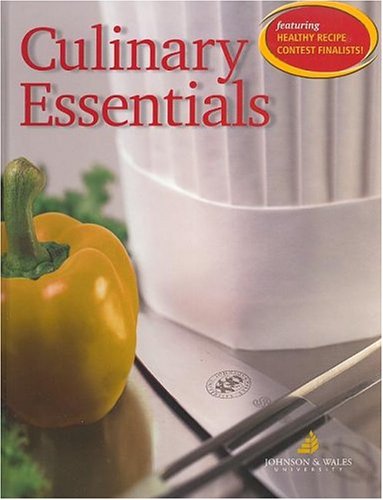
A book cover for Culinary Essentials, Student Edition; Johnson & Wales; Parenting & Relationships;